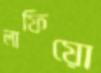
লাফিয়ো